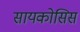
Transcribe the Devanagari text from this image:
सायकोसिस